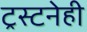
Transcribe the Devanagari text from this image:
ट्रस्टनेही